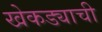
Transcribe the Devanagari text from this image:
खेकड्याची